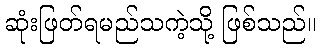
ဆုံးဖြတ်ရမည်သကဲ့သို့ ဖြစ်သည်။